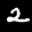
Label: 2